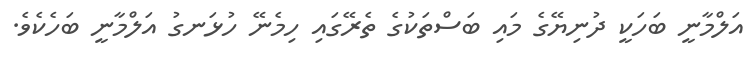
އަލްމާނީ ބަހަކީ ދުނިޔޭގެ މައި ބަސްތަކުގެ ތެރޭގައި ހިމެނޭ ހުޅަނގު އަލްމާނީ ބަހެކެވެ.